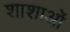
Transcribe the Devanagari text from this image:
शाशाओं